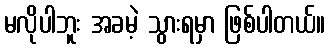
မလိုပါဘူး အခမဲ့ သွားရမှာ ဖြစ်ပါတယ်။